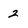
Character: 2